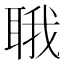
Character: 𬚚